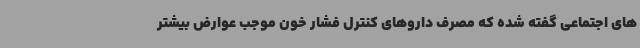
های اجتماعی گفته شده که مصرف داروهای کنترل فشار خون موجب عوارض بیشتر